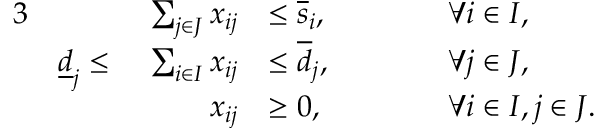
\begin{array} { r l r l r l } { { 3 } } & { } & { \sum _ { j \in J } x _ { i j } } & { \le \overline { { s } } _ { i } , } & { \qquad } & { \forall i \in I , } \\ & { \underline { { d } } _ { j } \le } & { \ \sum _ { i \in I } x _ { i j } } & { \le \overline { { d } } _ { j } , } & & { \forall j \in J , } \\ & { } & { x _ { i j } } & { \ge 0 , } & & { \forall i \in I , j \in J . } \end{array}